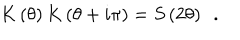
K \left( \theta \right) K \left( \theta + i \pi \right) = S \left( 2 \theta \right) \, \, \, .